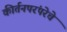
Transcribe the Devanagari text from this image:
कीर्तनपरंपरेचे